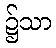
၌သာ